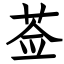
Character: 莶